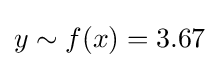
y\sim f(x)=3.67